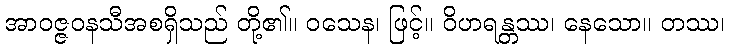
အာဝဇ္ဇဝနသီအစရှိသည် တို့၏။ ဝသေန၊ ဖြင့်။ ဝိဟရန္တဿ၊ နေသော။ တဿ၊